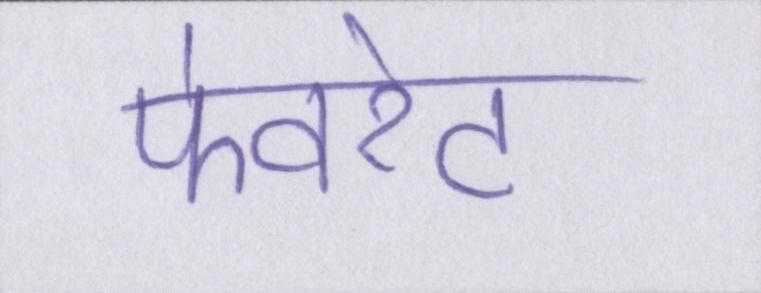
फेवरेट